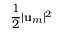
\frac { 1 } { 2 } | \mathbf { u } _ { m } | ^ { 2 }